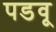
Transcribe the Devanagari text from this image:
पडवू